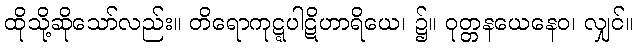
ထိုသို့ဆိုသော်လည်း။ တိရောကုဋ္ဋပါဋိဟာရိယေ၊ ၌။ ဝုတ္တနယေနေဝ၊ လျှင်။